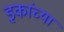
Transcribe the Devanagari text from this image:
इकांच्या